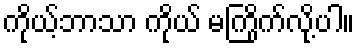
ကိုယ့်ဘာသာ ကိုယ် မကြိုက်လို့ပါ။